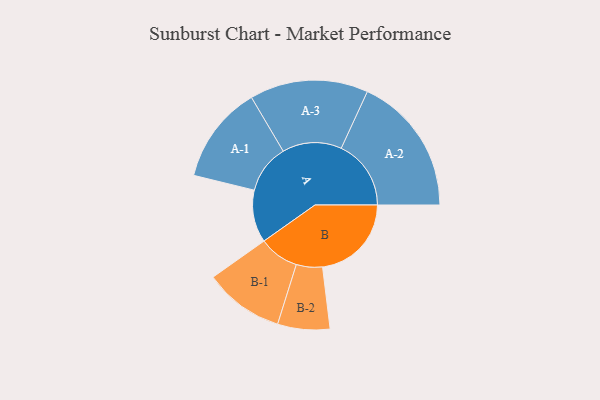
{"axis": {"x": "Segment", "y": "Value"}, "legend": ["", "A", "B"], "data": [{"x": "A", "y": 223, "type": ""}, {"x": "B", "y": 378, "type": ""}, {"x": "A-1", "y": 208, "type": "A"}, {"x": "A-2", "y": 297, "type": "A"}, {"x": "A-3", "y": 252, "type": "A"}, {"x": "B-1", "y": 170, "type": "B"}, {"x": "B-2", "y": 111, "type": "B"}]}